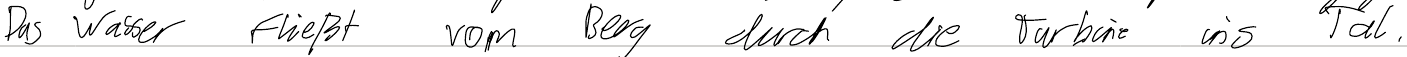
Das Wasser fließt vom Berg durch die Turbine ins Tal.